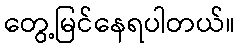
တွေ့မြင်နေရပါတယ်။